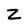
Character: z